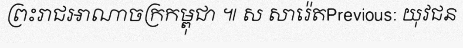
ព្រះរាជអាណាចក្រកម្ពុជា ៕ ស សារ៉េតPrevious: យុវជន